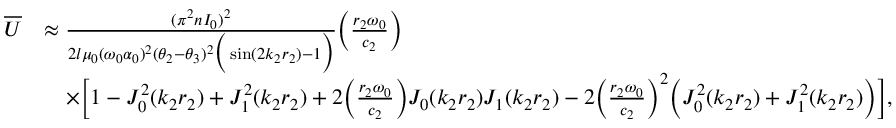
\begin{array} { r l } { \overline { { U } } } & { \approx \frac { ( \pi ^ { 2 } n I _ { 0 } ) ^ { 2 } } { 2 l \mu _ { 0 } ( \omega _ { 0 } \alpha _ { 0 } ) ^ { 2 } ( \theta _ { 2 } - \theta _ { 3 } ) ^ { 2 } \Big ( \sin ( 2 k _ { 2 } r _ { 2 } ) - 1 \Big ) } \Big ( \frac { r _ { 2 } \omega _ { 0 } } { c _ { 2 } } \Big ) } \\ & { \quad \times \Big [ 1 - J _ { 0 } ^ { 2 } ( k _ { 2 } r _ { 2 } ) + J _ { 1 } ^ { 2 } ( k _ { 2 } r _ { 2 } ) + 2 \Big ( \frac { r _ { 2 } \omega _ { 0 } } { c _ { 2 } } \Big ) J _ { 0 } ( k _ { 2 } r _ { 2 } ) J _ { 1 } ( k _ { 2 } r _ { 2 } ) - 2 \Big ( \frac { r _ { 2 } \omega _ { 0 } } { c _ { 2 } } \Big ) ^ { 2 } \Big ( J _ { 0 } ^ { 2 } ( k _ { 2 } r _ { 2 } ) + J _ { 1 } ^ { 2 } ( k _ { 2 } r _ { 2 } ) \Big ) \Big ] , } \end{array}